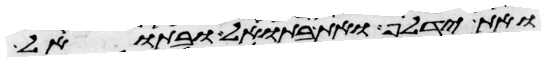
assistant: ואת ידלף ואת בתואל ובתואל